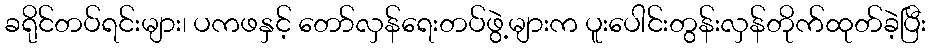
ခရိုင်တပ်ရင်းများ၊ ပကဖနှင့် တော်လှန်ရေးတပ်ဖွဲ့များက ပူးပေါင်းတွန်းလှန်တိုက်ထုတ်ခဲ့ပြီး